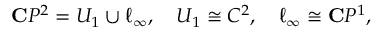
{ \bf C } P ^ { 2 } = U _ { 1 } \cup \ell _ { \infty } , \quad U _ { 1 } \cong C ^ { 2 } , \quad \ell _ { \infty } \cong { \bf C } P ^ { 1 } ,